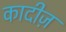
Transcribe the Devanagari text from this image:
कादीज़